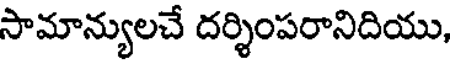
సామాన్యులచే దర్శింపరానిదియు,